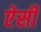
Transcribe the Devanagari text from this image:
एेसी